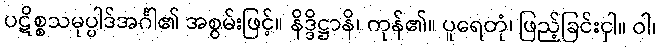
ပဋိစ္စသမုပ္ပါဒ်အင်္ဂါ၏ အစွမ်းဖြင့်။ နိဒ္ဒိဋ္ဌာနိ၊ ကုန်၏။ ပူရေတုံ၊ ဖြည့်ခြင်းငှါ။ ဝါ၊